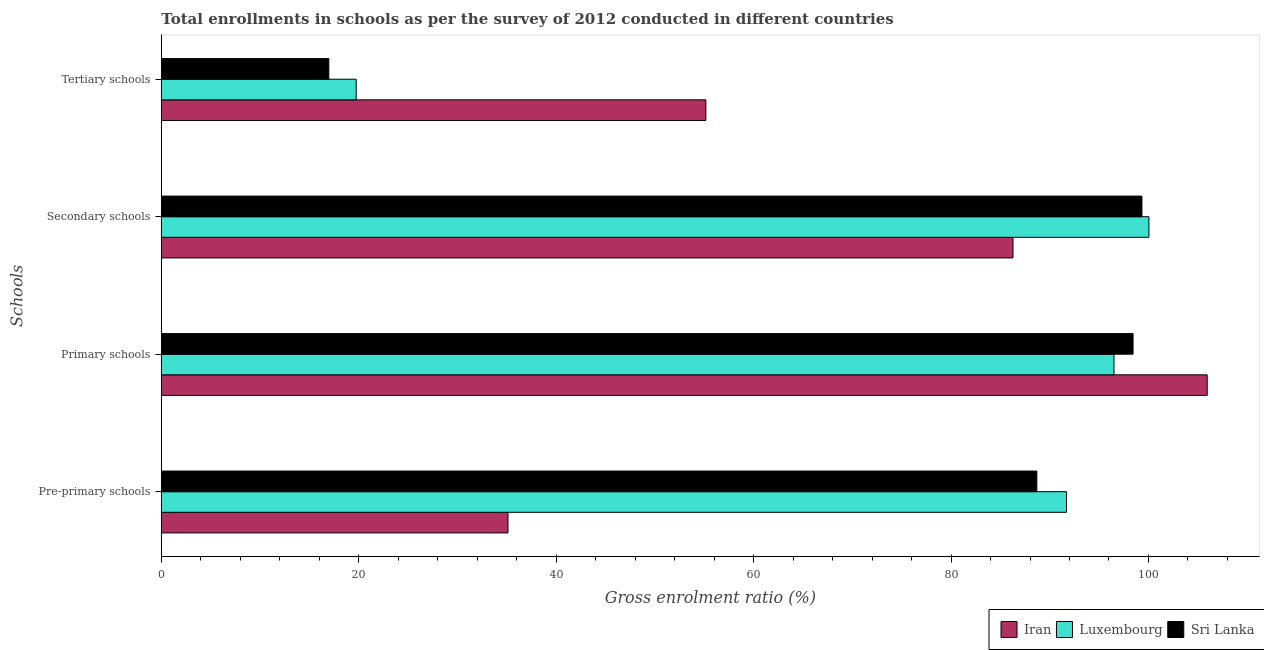
| Schools | Iran | Luxembourg | Sri Lanka |
 | --- | --- | --- | --- |
 | Pre-primary schools | 35.1 | 91.7 | 88.7 |
 | Primary schools | 106 | 96.5 | 98.4 |
 | Secondary schools | 86.3 | 100 | 99.3 |
 | Tertiary schools | 55.2 | 19.7 | 17 |